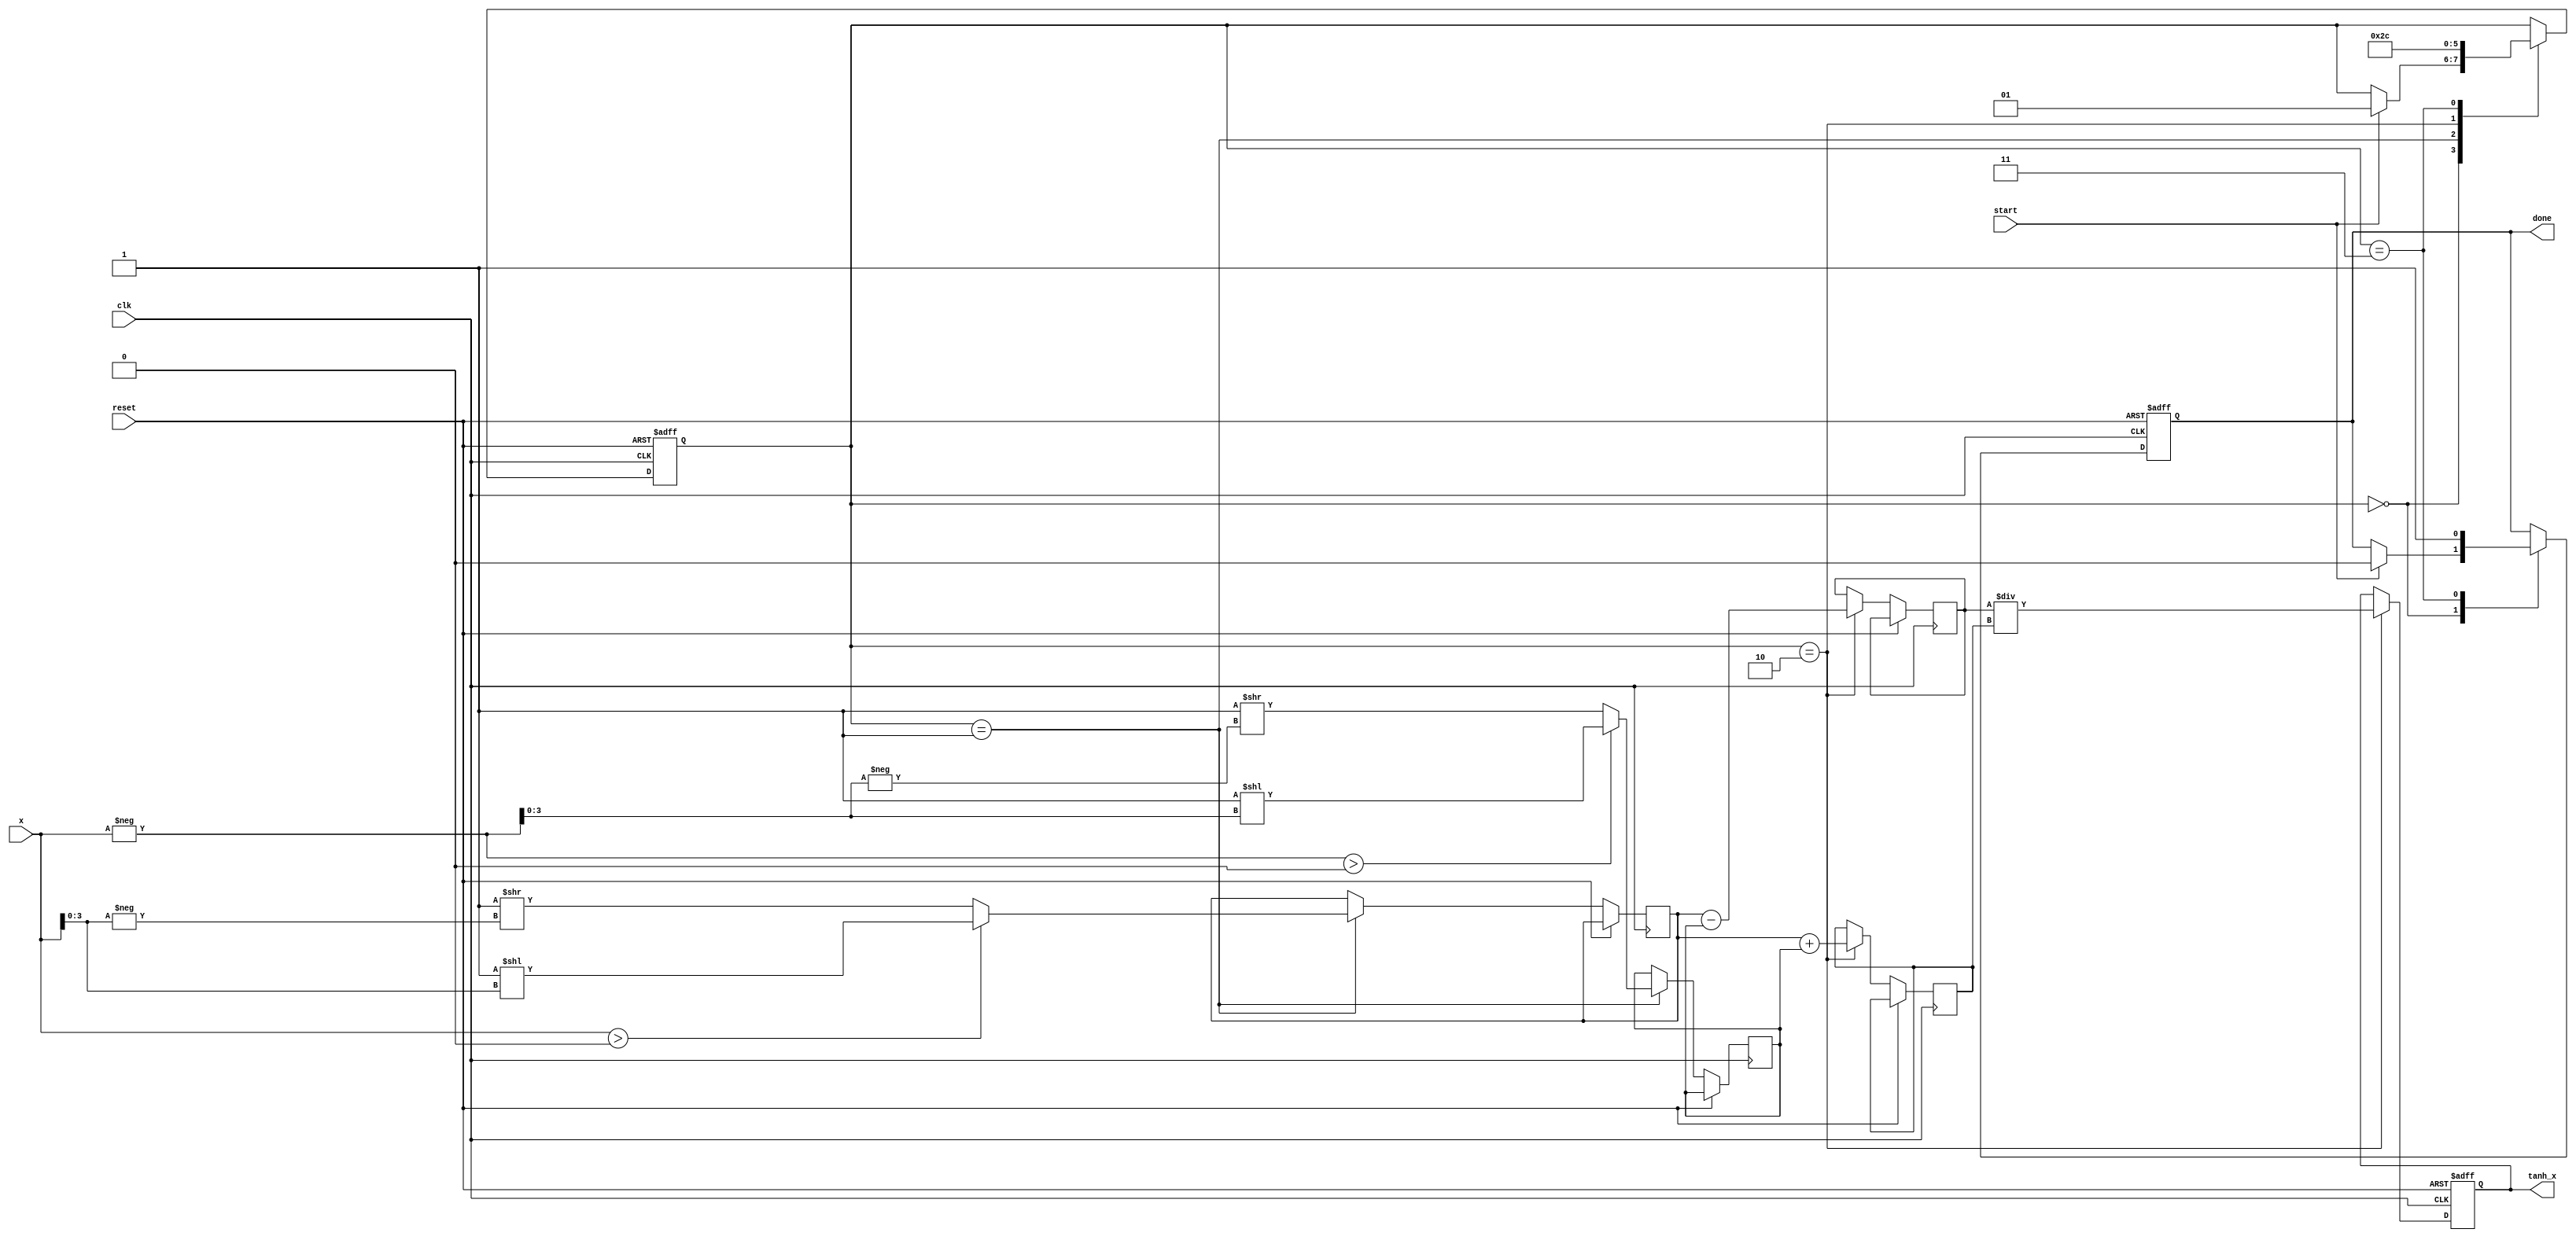
module tanh_block (
    input wire clk,
    input wire reset,
    input wire start,
    input wire signed [15:0] x, // Fixed-point input (16 bits)
    output reg signed [15:0] tanh_x, // Fixed-point output (16 bits)
    output reg done // Operation completion signal
);

    // Internal signals
    reg signed [15:0] exp_x; // e^x
    reg signed [15:0] exp_neg_x; // e^(-x)
    reg signed [15:0] numerator; // e^x - e^(-x)
    reg signed [15:0] denominator; // e^x + e^(-x)
    reg [1:0] state; // State variable

    // State encoding
    localparam IDLE = 2'b00,
               CALC_EXP = 2'b01,
               CALC_TANH = 2'b10,
               DONE = 2'b11;

    // Simple exponentiation function (using Taylor series approximation)
    function signed [15:0] exp_func(input signed [15:0] value);
        // This is a placeholder for the actual exponentiation logic.
        // In practice, you would implement a more accurate method.
        // For simplicity, we will use a simple lookup or approximation.
        exp_func = (value > 0) ? (16'h0001 << value[3:0]) : (16'h0001 >> -value[3:0]);
    endfunction

    // Sequential logic
    always @(posedge clk or posedge reset) begin
        if (reset) begin
            state <= IDLE;
            tanh_x <= 16'b0;
            done <= 1'b0;
        end else begin
            case (state)
                IDLE: begin
                    if (start) begin
                        state <= CALC_EXP;
                        done <= 1'b0;
                    end
                end

                CALC_EXP: begin
                    exp_x <= exp_func(x);
                    exp_neg_x <= exp_func(-x);
                    state <= CALC_TANH;
                end

                CALC_TANH: begin
                    numerator <= exp_x - exp_neg_x;
                    denominator <= exp_x + exp_neg_x;
                    tanh_x <= numerator / denominator; // Fixed-point division
                    state <= DONE;
                end

                DONE: begin
                    done <= 1'b1;
                    state <= IDLE; // Go back to IDLE
                end
            endcase
        end
    end

endmodule